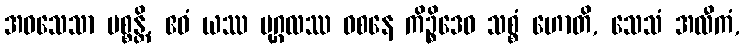
အဝသေသာ ပစ္စန္တိ, ဧဝံ ယဿ ပုဂ္ဂလဿ ဝစနေ ကိဉ္စိဒေဝ သစ္စံ ဟောတိ, သေသံ အလီကံ,